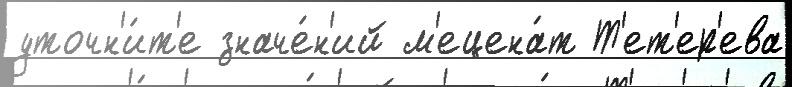
уточн'и́т'е значе́н'ий м'ецена́т Т'ет'ер'ева